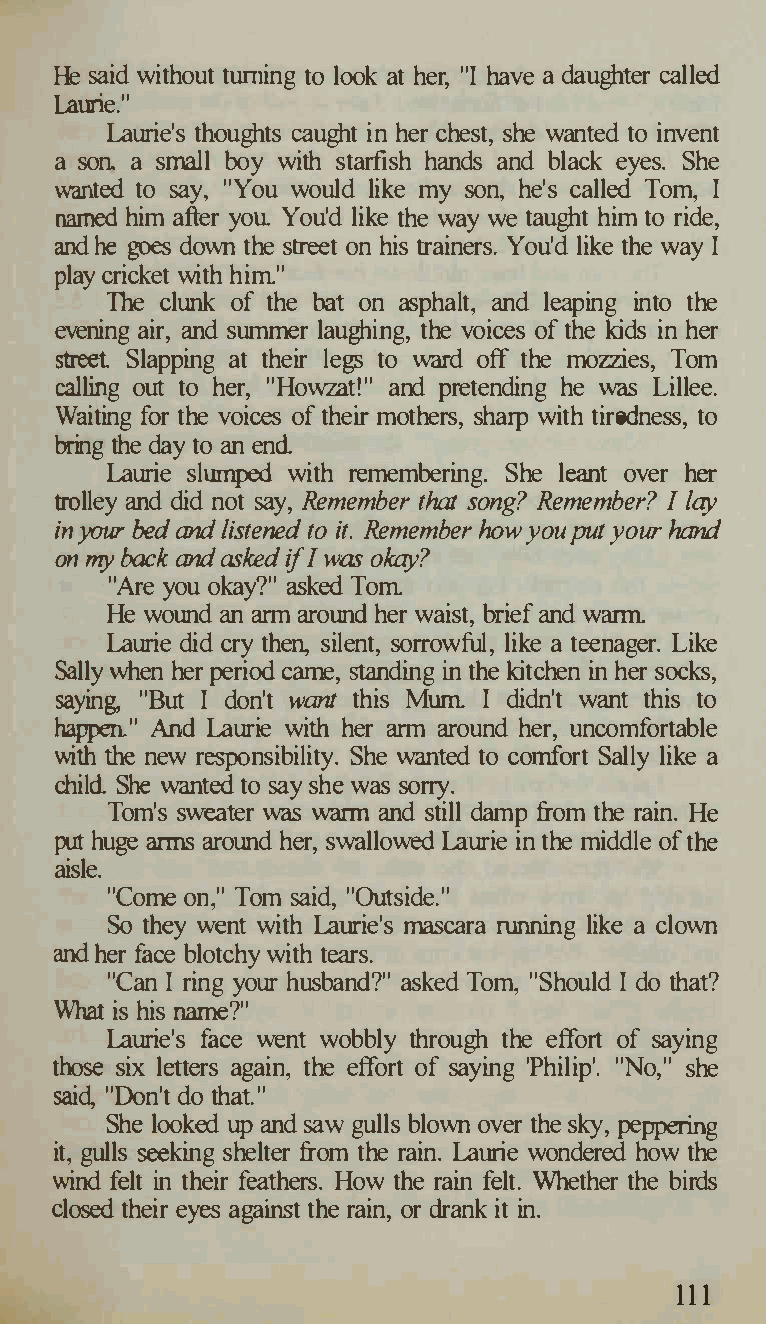
He said without turning to look at her, "I have a daughter called
 Laurie."
 Laurie's thoughts caught in her chest, she wanted to invent
 a son, a small boy with starfish hands and black eyes. She
 wanted to say, "You would like my son, he's called Tom, I
 named him after you You'd like the way we taught him to ride,
 and he goes down the street on his trainers. You'd like the way I
 play cricket with him"
 The clunk of the bat on asphalt, and leaping into the
 evening air, and summer laughing, the voices of the kids in her
 street. Slapping at their legs to ward off the mozzies, Tom
 calling out to her, "Howz.at!" and pretending he was Lillee.
 Waiting for the voices of their mothers, sharp with tiredness, to
 bring the day to an end
 Laurie slumped with remembering. She leant over her
 trolley and did not say, Remember that song? Remember? I l
 ay
 in yaw- bed and listened to it. Remember how you put your hand
 on � back and asked if I was okay?
 "Are you okay?" asked Tom
 He wound an arm around her waist, brief and warm
 Laurie did cry then, silent, sorrowful, like a teenager. Like
 Sally when her period came, standing in the kitchen in her socks,
 saying, "But I don't want this Mum I didn't want this to
 happen." And Laurie with her arm around her, uncomfortable
 with the new responsibility. She wanted to comfort Sally like a
 child She wanted to say she was sorry.
 Tom's sweater was warm and still damp from the rain. He
 put huge around her, swallowed Laurie in the middle of the
 aims
 aisle.
 "Come on," Tom said, "Outside."
 So they went with Laurie's mascara running like a clown
 and her face blotchy with tears.
 "Can I ring your husband?" asked Tom, "Should I do that?
 What is his name?"
 Laurie's face went wobbly through the effort of saying
 those six letters again, the effort of saying 'Philip'. "No," she
 said, "Don't do that."
 She looked up and saw gulls blown over the sky, peppering
 it, gulls seeking shelter from the rain. Laurie wondered how the
 wind felt in their feathers. How the rain felt. Whether the birds
 closed their eyes against the rain, or drank it in.
 111